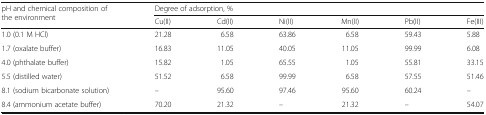
<table><thead><tr><td rowspan="2"><b>pH and chemical composition of the environment</b></td><td colspan="6"><b>Degree of adsorption, %</b></td></tr><tr><td><b>Cu(II)</b></td><td><b>Cd(II)</b></td><td><b>Ni(II)</b></td><td><b>Mn(II)</b></td><td><b>Pb(II)</b></td><td><b>Fe(III)</b></td></tr></thead><tbody><tr><td>1.0 (0.1 M HCl)</td><td>21.28</td><td>6.58</td><td>63.86</td><td>6.58</td><td>59.43</td><td>5.88</td></tr><tr><td>1.7 (oxalate buffer)</td><td>16.83</td><td>11.05</td><td>40.05</td><td>11.05</td><td>99.99</td><td>6.08</td></tr><tr><td>4.0 (phthalate buffer)</td><td>15.82</td><td>1.05</td><td>65.55</td><td>1.05</td><td>55.81</td><td>33.15</td></tr><tr><td>5.5 (distilled water)</td><td>51.52</td><td>6.58</td><td>99.99</td><td>6.58</td><td>57.55</td><td>51.46</td></tr><tr><td>8.1 (sodium bicarbonate solution)</td><td>–</td><td>95.60</td><td>97.46</td><td>95.60</td><td>60.24</td><td>–</td></tr><tr><td>8.4 (ammonium acetate buffer)</td><td>70.20</td><td>21.32</td><td>–</td><td>21.32</td><td>–</td><td>54.07</td></tr></tbody></table>